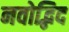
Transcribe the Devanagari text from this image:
नवोद्भिद